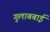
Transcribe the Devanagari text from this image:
गुलाबबाई